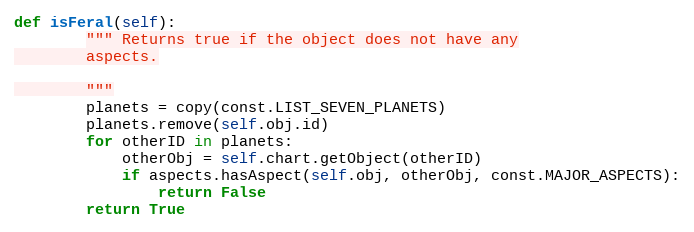
Language: Python
def isFeral(self):
        """ Returns true if the object does not have any
        aspects.

        """
        planets = copy(const.LIST_SEVEN_PLANETS)
        planets.remove(self.obj.id)
        for otherID in planets:
            otherObj = self.chart.getObject(otherID)
            if aspects.hasAspect(self.obj, otherObj, const.MAJOR_ASPECTS):
                return False
        return True